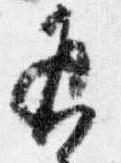
返